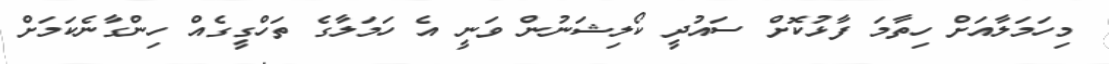
މިހަމަލާއަށް ހިތާމަ ފާޅުކޮށް ސައުދީ ކޯލިޝަނުން ވަނީ އެ ހަމަލާގެ ތަހްގީގެއް ހިންގާނެކަމަށް